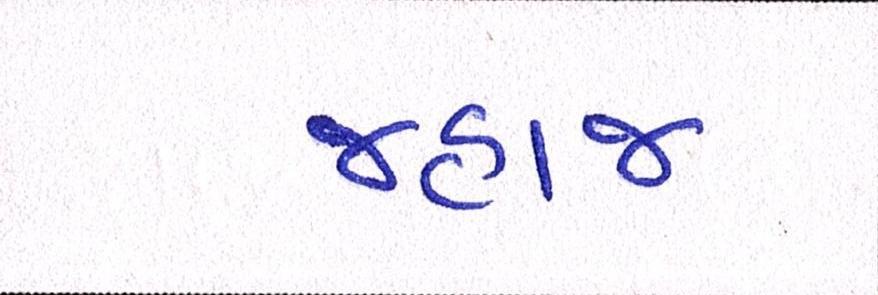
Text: જહાજ